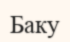
Баку